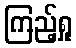
ကြည့်ရှု